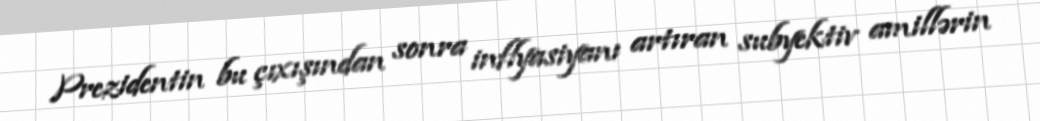
Prezidentin bu çıxışından sonra inflyasiyanı artıran subyektiv amillərin